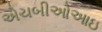
એચબીઓઆઇ